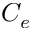
C _ { e }